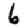
Digit: 6